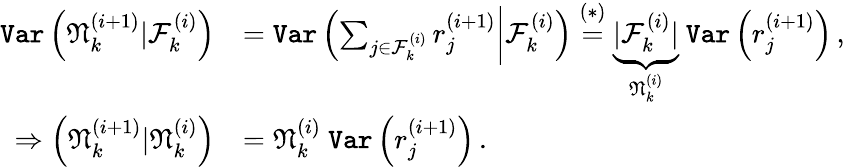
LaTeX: \begin{array}{rl}{\texttt{Var}\left(\mathfrak{N}_{k}^{(i+1)}|\mathcal{F}_{k}^{(i)}\right)}&{=\texttt{Var}\left(\sum_{j\in\mathcal{F}_{k}^{(i)}}r_{j}^{(i+1)}\bigg|\mathcal{F}_{k}^{(i)}\right)\stackrel{(*)}{=}\underbrace{|\mathcal{F}_{k}^{(i)}|}_{\mathfrak{N}_{k}^{(i)}}~\texttt{Var}\left(r_{j}^{(i+1)}\right)\, ,}\\ {\Rightarrow\left(\mathfrak{N}_{k}^{(i+1)}|\mathfrak{N}_{k}^{(i)}\right)}&{=\mathfrak{N}_{k}^{(i)}~\texttt{Var}\left(r_{j}^{(i+1)}\right)\, .}\end{array}